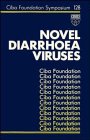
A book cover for Novel Diarrhoea Viruses (Novartis Foundation Symposia); CIBA Foundation Symposium; Medical Books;